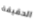
الحقيقة